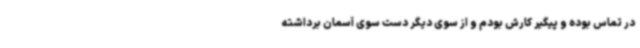
در تماس بوده و پیگیر کارش بودم و از سوی دیگر دست سوی آسمان برداشته